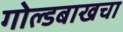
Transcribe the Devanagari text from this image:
गोल्डबाखचा